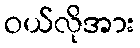
ဝယ်လိုအား